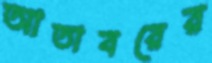
আতাবরের